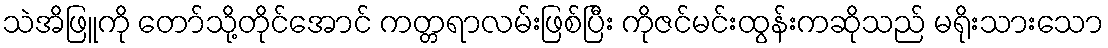
သဲအိဖြူကို တော်သို့တိုင်အောင် ကတ္တရာလမ်းဖြစ်ပြီး ကိုဇင်မင်းထွန်းကဆိုသည် မရိုးသားသော